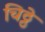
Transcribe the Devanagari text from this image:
चिठ्ठे